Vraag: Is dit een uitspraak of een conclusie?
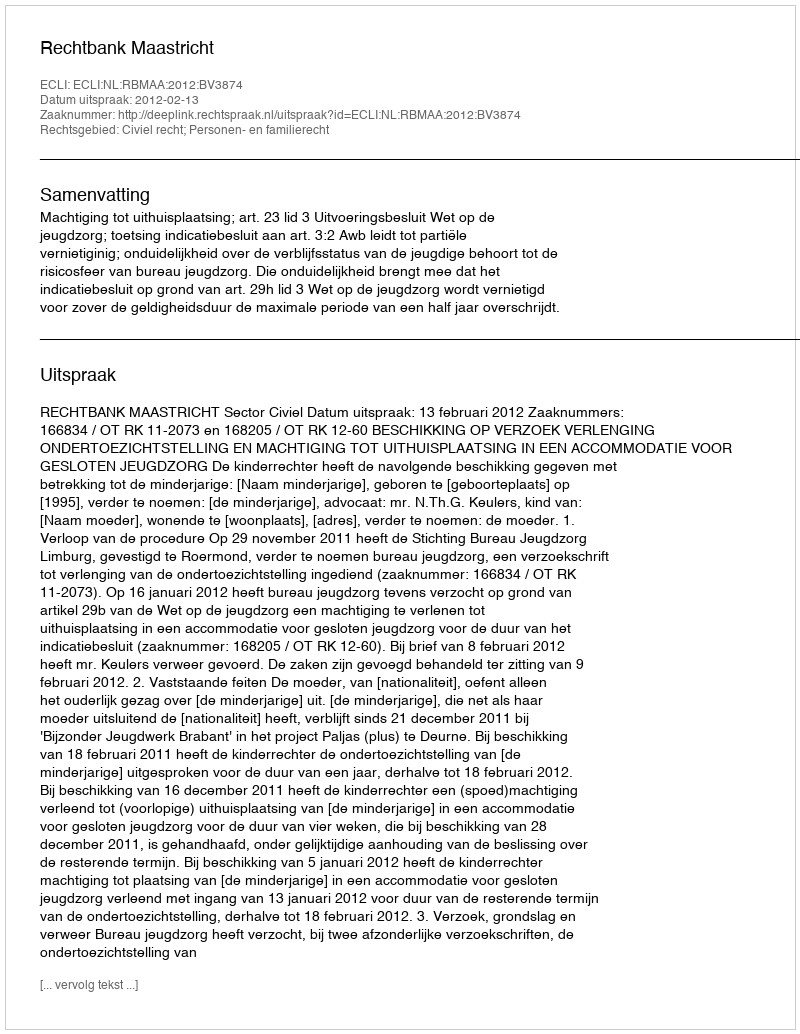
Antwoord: Uitspraak